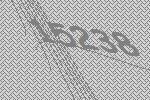
15238